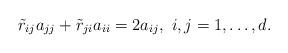
\begin{align*}\tilde{r}_{ij}a_{jj} + \tilde{r}_{ji}a_{ii} = 2a_{ij},\ i, j = 1, \ldots, d.\end{align*}